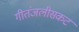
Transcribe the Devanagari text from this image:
गीतंजलीसकट